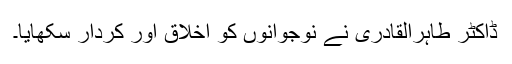
ڈاکٹر طاہرالقادری نے نوجوانوں کو اخلاق اور کردار سکھایا۔